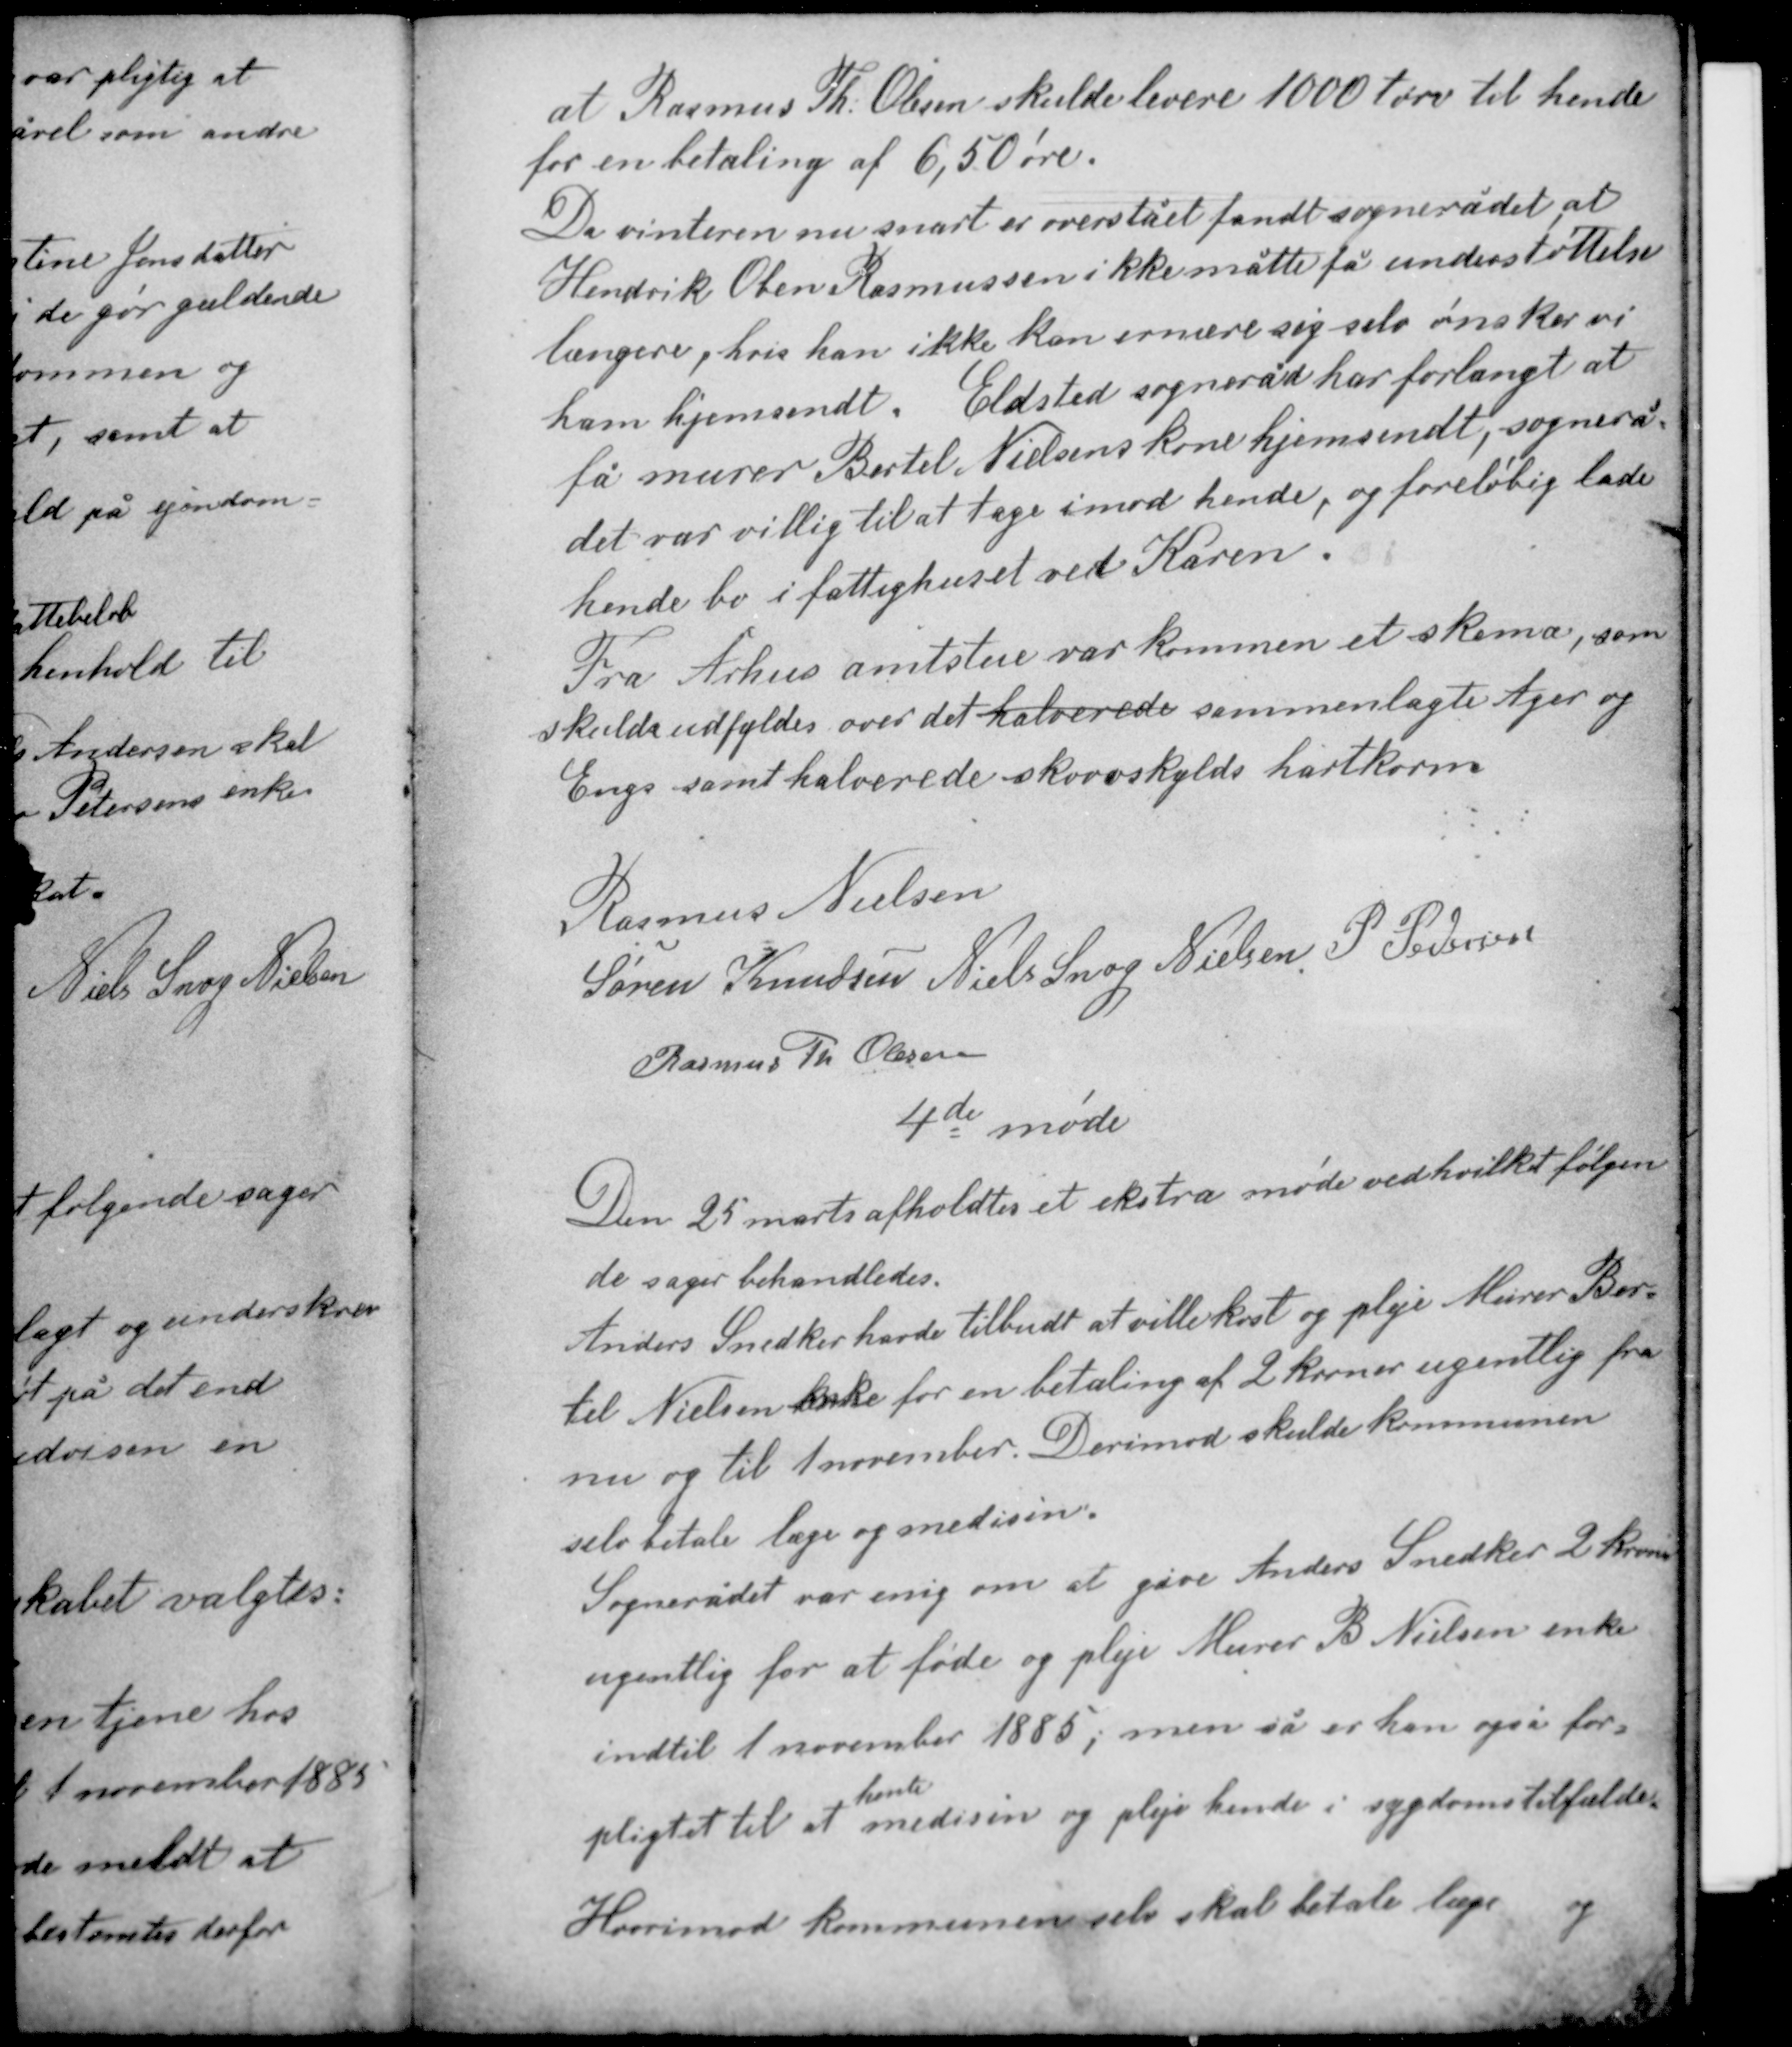
Transskription:
at Rasmus Th Olesen skulde levere 1000 tørv til hende
for en betaling af 6,50 øre.

Da vinteren nu snart er overstået fandt sognerådet at
Hendrik Oben Rasmussen ikke måtte få understøttelse
længere, hvis han ikke kan ernære sig selv ønsker vi
ham hjemsendt. Eldsted sogneråd har forlangt at
få murer Bertel Nielsens kone hjemsendt, sognerå-
det var villig til at tage imod hende, og foreløbig lade
Hende bo i fattighuset ved Karen.

Fra Århus amtsstue var kommen et skema, som
skulde udfyldes over det halverede sammenlagte Ager og
Enges samt halverede skovsskylds hartkorn

Rasmus Nielsen
Søren Knudsen Niels Snog Nielsen P. Pedersen
Rasmus Th Olesen

4de møde

Den 25 marts afholdtes et ekstra møde ved hvilket følgen-
de sager behandledes.
Anders Snedker havde tilbudt at ville kost og pleje Murer Ber-
til Nielsens enke for en betaling af 2 kroner ugentlig fra
nu og til 1 november. Derimod skulde kommunen
selv betale læge og medisin.

Sognerådet var enig om at give Anders Snedker 2 kroner
ugentlig for at føde og pleje Murer B. Nielsens enke
indtil 1 november 1885, men så er han også for-
hente
pligtet til at medisin og pleje hende i sygdoms tilfælde.

Hvorimod kommunen selv skal betale læge og